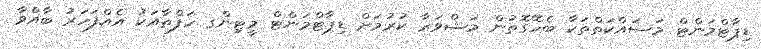
ޑިޕާޓްމަންޓް މަސައްކަތްތަކާ ބެހޭގޮތުން މަޝްވަރާ ކުރުމަށް ޑިޕާޓްމަންޓް މީޓިންގ ހަފްތާއަކު އެއްފަހަރު ބާއްވާ